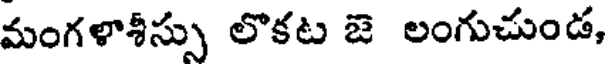
మంగళాశీస్సు లొకట జె లంగుచుండ,